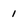
Character: 1